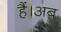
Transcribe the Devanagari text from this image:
हैं।अब